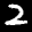
Label: 2